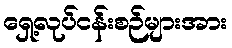
ရှေ့လုပ်ငန်းစဉ်များအား